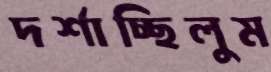
দর্শাচ্ছিলুম